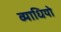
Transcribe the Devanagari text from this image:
व्याधियो